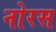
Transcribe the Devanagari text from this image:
नोरस